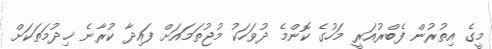
މީގެ އިތުރުން ފެބްރުއަރީ މަހުގެ ކޮންމެ ދުވަހަކު މުޖުތަމައަށް ފައިދާ ކުރާނެ ޚިދުމަތަކަށް